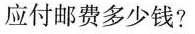
应付邮费多少钱？